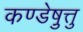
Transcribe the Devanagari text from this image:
कण्डेष़ुत्तु